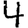
Digit: 4